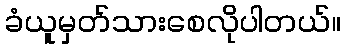
ခံယူမှတ်သားစေလိုပါတယ်။